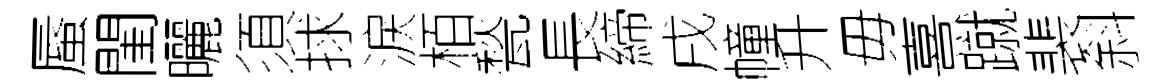
蜃閨曬須捄淚栢甃長締戌幢升毋熹蹴裴斜